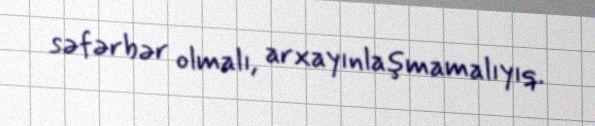
səfərbər olmalı, arxayınlaşmamalıyıq.